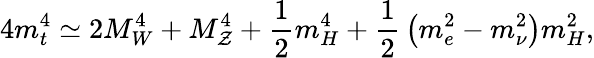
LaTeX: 4m_{t}^{4}\simeq2M_{W}^{4}+M_{\mathcal{Z}}^{4}+{\frac{{1}}{{2}}}m_{H}^{4}+{\frac{{1}}{{2}}}\left(m_{e}^{2}-m_{\nu}^{2}\right)m_{H}^{2},